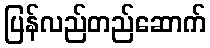
ပြန်လည်တည်ဆောက်